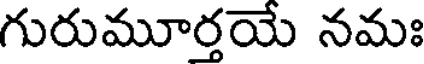
గురుమూర్తయే నమః